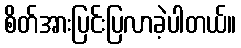
စိတ်အားပြင်းပြလာခဲ့ပါတယ်။